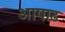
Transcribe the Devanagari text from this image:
अाषाढ